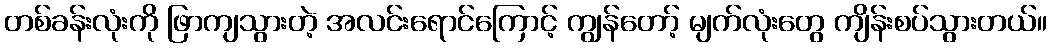
တစ်ခန်းလုံးကို ဖြာကျသွားတဲ့ အလင်းရောင်ကြောင့် ကျွန်တော့် မျက်လုံးတွေ ကျိန်းစပ်သွားတယ်။